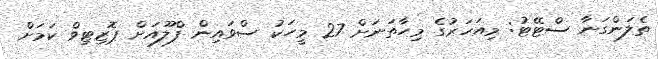
ތެލަންގަނާ ސްޓޭޓު: މިއަހަރުގެ މިހާތަނަށް 27 މީހަކު ސްވައިން ފްލޫއަށް ޕޮޒިޓިވް ކަމަށް